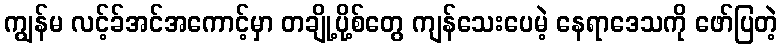
ကျွန်မ လင့်ခ်အင်အကောင့်မှာ တချို့ပို့စ်တွေ ကျန်သေးပေမဲ့ နေရာဒေသကို ဖော်ပြတဲ့